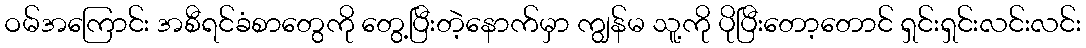
ဝမ်အကြောင်း အစီရင်ခံစာတွေကို တွေ့ပြီးတဲ့နောက်မှာ ကျွန်မ သူ့ကို ပိုပြီးတော့တောင် ရှင်းရှင်းလင်းလင်း